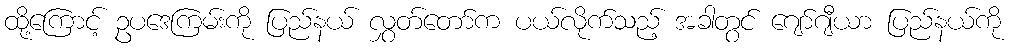
ထို့ကြောင့် ဥပဒေကြမ်းကို ပြည်နယ် လွှတ်တော်က ပယ်လိုက်သည့် အခါတွင် ဂျော်ဂျီယာ ပြည်နယ်ကို